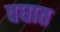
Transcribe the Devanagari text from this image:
वघात